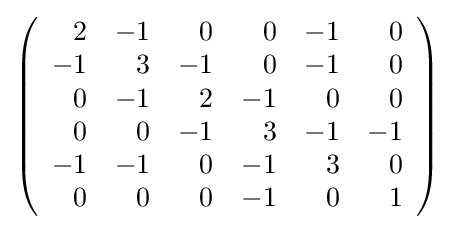
{\textstyle \left({\begin{array}{rrrrrr}2&-1&0&0&-1&0\\-1&3&-1&0&-1&0\\0&-1&2&-1&0&0\\0&0&-1&3&-1&-1\\-1&-1&0&-1&3&0\\0&0&0&-1&0&1\\\end{array}}\right)}